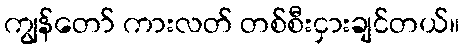
ကျွန်တော် ကားလတ် တစ်စီးငှားချင်တယ်။